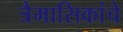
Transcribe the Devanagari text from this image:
त्रैमासिकांचे